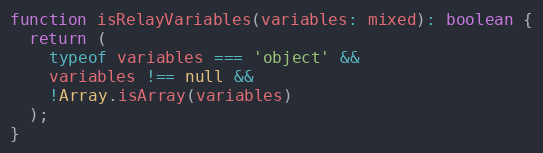
Language: JavaScript
function isRelayVariables(variables: mixed): boolean {
  return (
    typeof variables === 'object' &&
    variables !== null &&
    !Array.isArray(variables)
  );
}